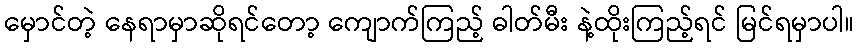
မှောင်တဲ့ နေရာမှာဆိုရင်တော့ ကျောက်ကြည့် ဓါတ်မီး နဲ့ထိုးကြည့်ရင် မြင်ရမှာပါ။